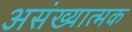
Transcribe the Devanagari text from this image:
असंख्यात्मक